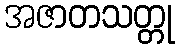
အဇာတသတ္တု